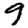
Digit: 9